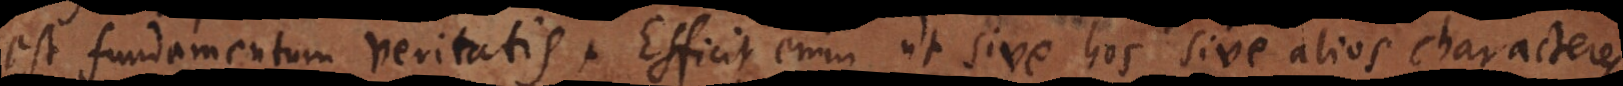
est fundamentum veritatis. Efficit enim, ut sive hos sive alios characteres